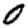
Digit: 0